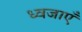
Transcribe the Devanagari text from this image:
ध्वजाएँ